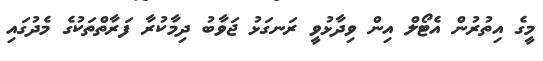
މީގެ އިތުރުން އެޓޯލް އިން ވިދާޅުވީ ރަނގަޅު ޖަވާބު ދިމާކުރާ ފަރާތްތަކުގެ މެދުގައި